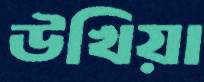
উখিয়া